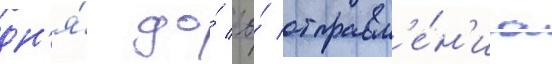
дн'я́ до́ ео́ отправл'е́н'иа